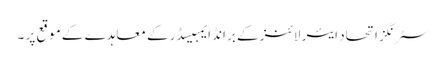
سٹرنگز اتحاد ایئر لائنز کے برانڈ ایمبیسڈر کے معاہدے کے موقع پر ۔